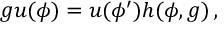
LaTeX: g u ( \phi ) = u ( \phi ^ { \prime } ) h ( \phi , g ) \, ,